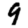
Digit: 9